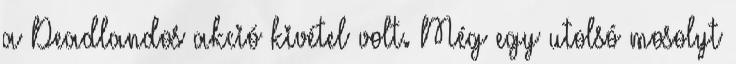
a Deadlandos akció kivétel volt. Még egy utolsó mosolyt